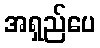
အရှည်ပေ